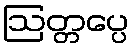
ဩတ္တပ္ပေ